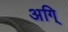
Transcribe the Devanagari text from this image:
अगि्